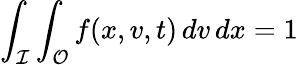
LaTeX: \int_{\mathcal{I}}\int_{\mathcal{O}}f(x,v,t)\, dv\, dx=1